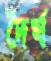
দৈর্ঘ